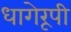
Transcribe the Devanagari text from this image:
धागेरूपी